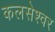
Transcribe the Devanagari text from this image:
कलसेश्वर